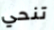
تنحي